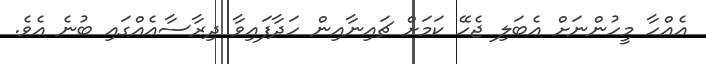
އެއްހާ މީހުންނަށް އެބަލި ޖެހޭ ކަމަށް ޗައިނާއިން ހަދާފައިވާ ދިރާސާއެއްގައި ބުނެ އެވެ.